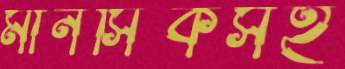
মানসিকসহ